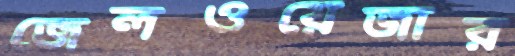
জেলওয়েজার